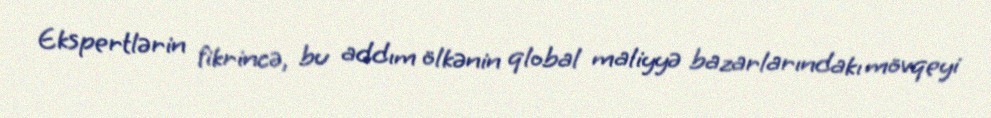
Ekspertlərin fikrincə, bu addım ölkənin qlobal maliyyə bazarlarındakı mövqeyi